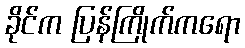
ခိုင်က ပြန်ကြိုက်ကရော